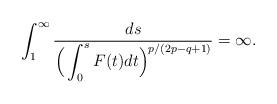
LaTeX: \begin{align*}\int_{1}^\infty\frac{ds}{\Big(\displaystyle \int_0^s F(t)dt \Big)^{p/(2p - q+1)}} = \infty.\end{align*}